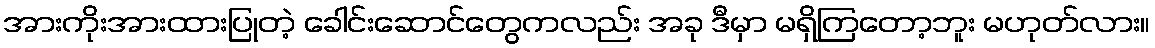
အားကိုးအားထားပြုတဲ့ ခေါင်းဆောင်တွေကလည်း အခု ဒီမှာ မရှိကြတော့ဘူး မဟုတ်လား။